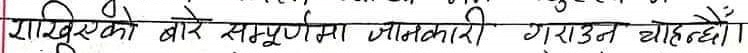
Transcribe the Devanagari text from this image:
यामपिएको बारे सम्पुर्णमा जानकारी गराउन चाहन्छौं।